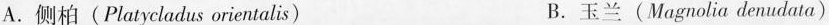
A.侧柏(Platycladus orientalis) B.玉兰(Magnolia denudata)